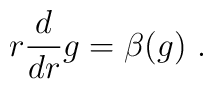
r\frac{d}{dr}g=\beta (g)\,\,.